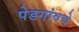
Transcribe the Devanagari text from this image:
पेडगांवचे